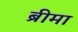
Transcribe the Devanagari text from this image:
ब्रीमा